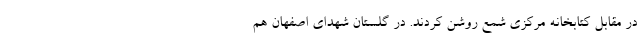
در مقابل کتابخانه مرکزی شمع روشن کردند. در گلستان شهدای اصفهان هم